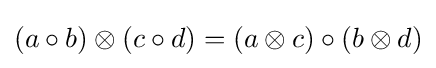
(a\circ b)\otimes (c\circ d)=(a\otimes c)\circ (b\otimes d)